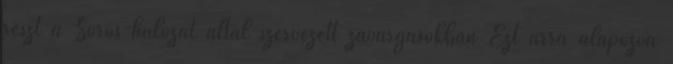
részt a Soros-hálózat által szervezett zavargásokban Ezt arra alapozva